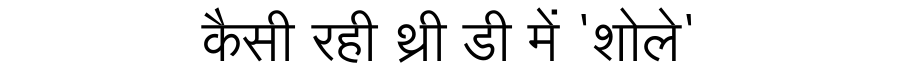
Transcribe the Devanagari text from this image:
कैसी रही थ्री डी में 'शोले'